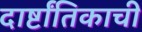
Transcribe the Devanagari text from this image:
दार्ष्टांतिकाची